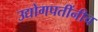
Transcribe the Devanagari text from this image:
उद्योगपतींनीच